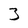
Character: 3